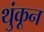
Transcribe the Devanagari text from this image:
थुंकून